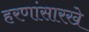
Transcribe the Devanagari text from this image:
हरणांसारखे